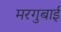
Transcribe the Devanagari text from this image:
मरगुबाई